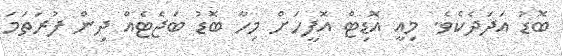
ބޮޑު އަދަދެކެވެ. މިއީ އޮޑިޓް އޮފީހަށް މިހާ ބޮޑު ބަޖެޓެއް ދިން ފުރަތަމަ